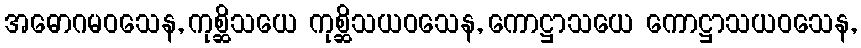
အဓောဂမဝသေန, ကုစ္ဆိသယေ ကုစ္ဆိသယဝသေန, ကောဋ္ဌာသယေ ကောဋ္ဌာသယဝသေန,